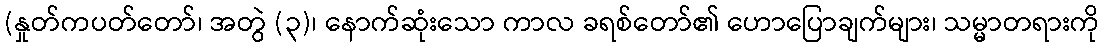
(နှုတ်ကပတ်တော်၊ အတွဲ (၃)၊ နောက်ဆုံးသော ကာလ ခရစ်တော်၏ ဟောပြောချက်များ၊ သမ္မာတရားကို